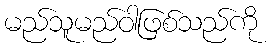
မည်သူမည်ဝါဖြစ်သည်ကို